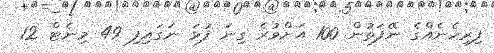
ފިރިހެނެއްގެ ނޭފަތުން 100 އަށްވުރެ ގިނަ ފުޅަ ނަގައިފި 49 މިނެޓް 12